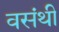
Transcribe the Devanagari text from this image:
वसंथी